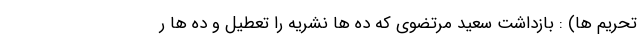
تحریم ها) : بازداشت سعید مرتضوی که ده ها نشریه را تعطیل و ده ها ر